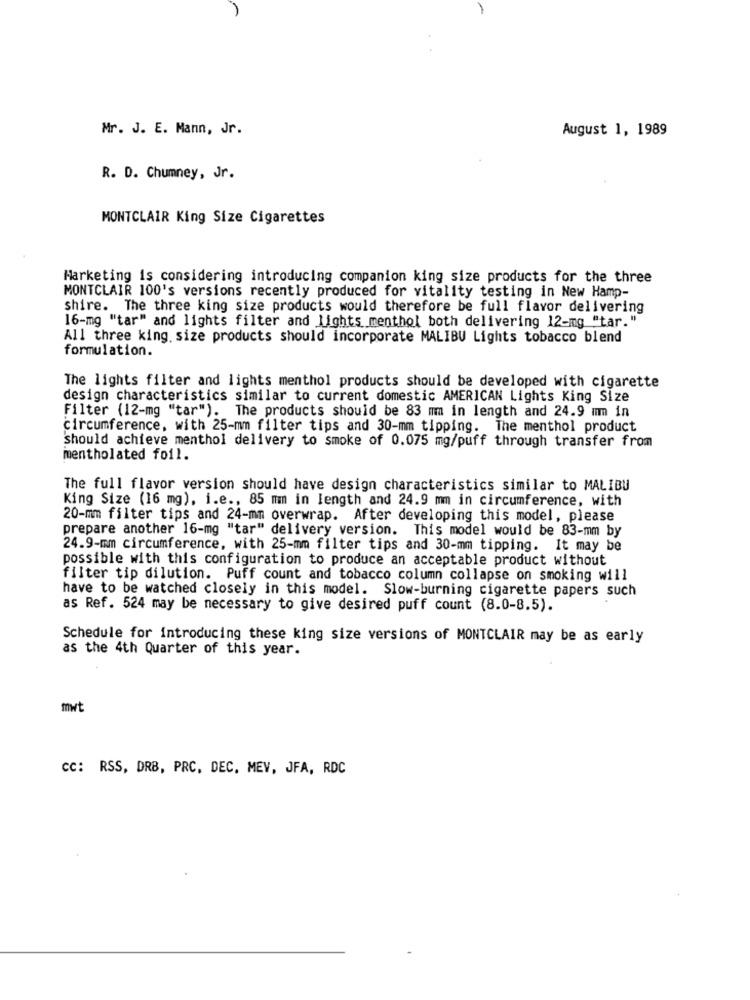
Mr. J. E. Mann, Jr.
August 1, 1989
R. D. Chumney, Jr.
MONTCLAIR King Size Cigarettes
Marketing is considering introducing companion king size products for the three
MONTCLAIR 100's versions recently produced for vitality testing in New Hamp-
shire. The three king size products would therefore be full flavor delivering
16-mg "tar" and lights filter and lights menthol both delivering 12-mg "tar."
All three king size products should incorporate MALIBU Lights tobacco blend
formulation.
The lights filter and lights menthol products should be developed with cigarette
design characteristics similar to current domestic AMERICAN Lights King Size
Filter (12-mg "tar"). The products should be 83 mm in length and 24.9 mm in
circumference, with 25-mm filter tips and 30-mm_tipping. The menthol product
should achieve menthol delivery to smoke of 0.075 mg/puff through transfer from
mentholated foil.
The full flavor version should have design characteristics similar to MALIBU
King Size (16 mg), i.e ., 85 mm in length and 24.9 mm in circumference, with
20-mm filter tips and 24-mm overwrap. After developing this model, please
prepare another 16-mg "tar" delivery version. This model would be 83-mm by
24.9-mm circumference, with 25-mm filter tips and 30-mm tipping. It may be
possible with this configuration to produce an acceptable product without
filter tip dilution. Puff count and tobacco column collapse on smoking will
have to be watched closely in this model. Slow-burning cigarette papers such
as Ref. 524 may be necessary to give desired puff count (8.0-8.5).
Schedule for introducing these king size versions of MONTCLAIR may be as early
as the 4th Quarter of this year.
mwt
cc: RSS, DRB, PRC, DEC. MEV, JFA, RDC